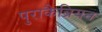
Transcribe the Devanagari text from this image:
पुराकैब्रियन